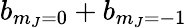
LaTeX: b_{m_{J}=0}+b_{{m_{J}=-1}}